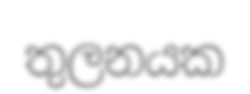
තුලනයක